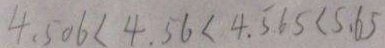
4 . 5 0 6 < 4 . 5 6 < 4 . 5 6 5 < 5 . 6 5